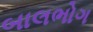
બાલભોગ